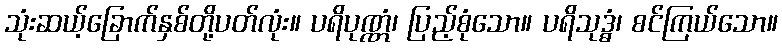
သုံးဆယ့်ခြောက်နှစ်တို့ပတ်လုံး။ ပရိပုဏ္ဏံ၊ ပြည့်စုံသော။ ပရိသုဒ္ဓံ၊ စင်ကြယ်သော။